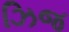
ઝિજ